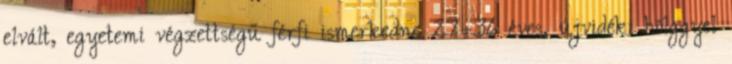
elvált, egyetemi végzettségű férfi ismerkedne 27—36 éves, újvidéki hölggyel